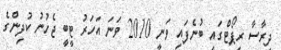
ދިރާސާ ރިޕޯޓްގައި ބުނެފައި ވަނީ 2010 ވަނަ އަހަރު ޓީބީ ޖެހުނު ކުދިންގެ